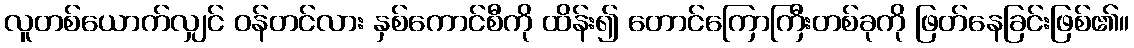
လူတစ်ယောက်လျှင် ဝန်တင်လား နှစ်ကောင်စီကို ထိန်း၍ တောင်ကြောကြီးတစ်ခုကို ဖြတ်နေခြင်းဖြစ်၏။